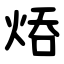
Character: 㶺